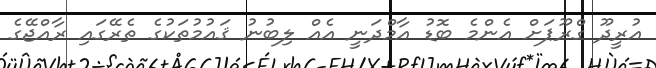
އުރީދޫ ގްރޫޕަށް އެންމެ ބޮޑު އާމްދަނީ އެއް ލިބުނު ޤައުމުތަކުގެ ތެރޭގައި ރާއްޖޭގެ